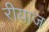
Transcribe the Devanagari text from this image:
रीयाज